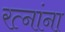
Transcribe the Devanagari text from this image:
रत्‍नांना